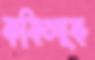
কবিতাকে